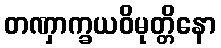
တဏှာက္ခယဝိမုတ္တိနော